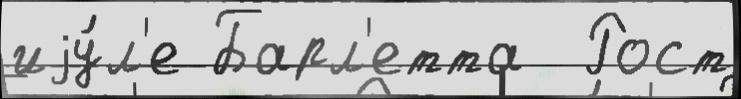
иjу́л'е Барл'етта  Рост